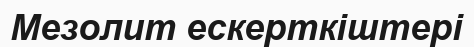
Мезолит ескерткіштері